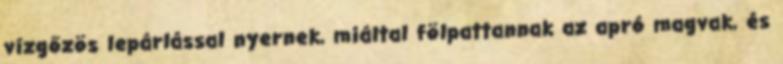
vízgőzös lepárlással nyernek, miáltal fölpattannak az apró magvak, és